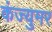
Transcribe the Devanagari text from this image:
कंज्युमर